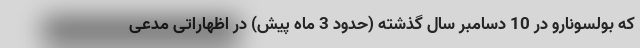
که بولسونارو در 10 دسامبر سال گذشته (حدود 3 ماه پیش) در اظهاراتی مدعی